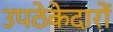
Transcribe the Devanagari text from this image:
उपठेकेदारों